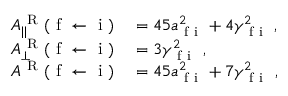
\begin{array} { r l } { A _ { | | } ^ { \mathrm { ~ R ~ } } ( \mathrm { ~ f ~ } \leftarrow \mathrm { ~ i ~ } ) } & { { } = 4 5 a _ { \mathrm { ~ f ~ i ~ } } ^ { 2 } + 4 \gamma _ { \mathrm { ~ f ~ i ~ } } ^ { 2 } \; , } \\ { A _ { \perp } ^ { \mathrm { ~ R ~ } } ( \mathrm { ~ f ~ } \leftarrow \mathrm { ~ i ~ } ) } & { { } = 3 \gamma _ { \mathrm { ~ f ~ i ~ } } ^ { 2 } \; , } \\ { A ^ { \mathrm { ~ R ~ } } ( \mathrm { ~ f ~ } \leftarrow \mathrm { ~ i ~ } ) } & { { } = 4 5 a _ { \mathrm { ~ f ~ i ~ } } ^ { 2 } + 7 \gamma _ { \mathrm { ~ f ~ i ~ } } ^ { 2 } \; , } \end{array}